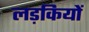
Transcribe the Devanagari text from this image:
लड़कियों